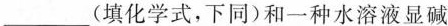
___(填化学式，下同)和一种水溶液显碱